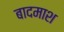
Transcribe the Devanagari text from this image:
बादमाश